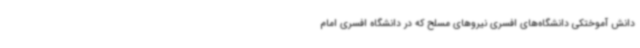
دانش آموختکی دانشگاه‌های افسری نیروهای مسلح که در دانشگاه افسری امام